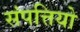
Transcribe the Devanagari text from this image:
संपत्तियो